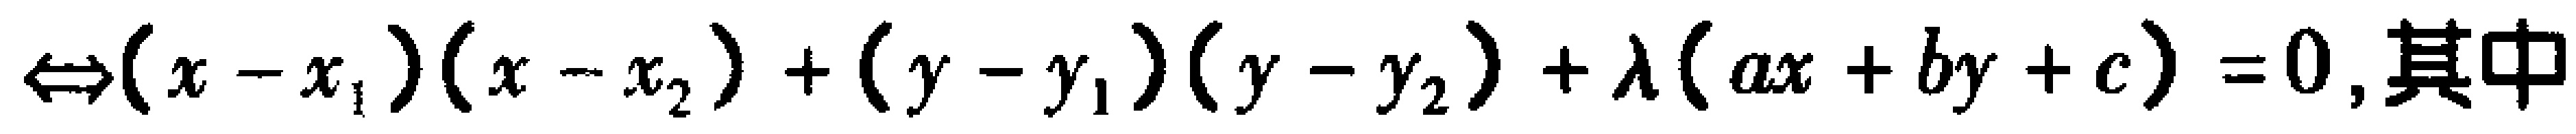
$\Leftrightarrow(x - x_{1})(x - x_{2})+(y - y_{1})(y - y_{2})+\lambda(ax + by + c)=0$,其中